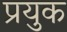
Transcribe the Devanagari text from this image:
प्रयुक